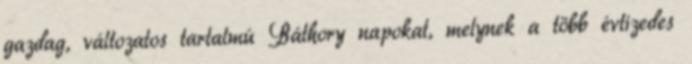
gazdag, változatos tartalmú Báthory napokat, melynek a több évtizedes